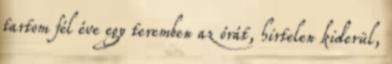
tartom fél éve egy teremben az órát, hirtelen kiderül,